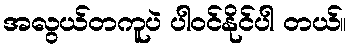
အလွယ်တကူပဲ ပါဝင်နိုင်ပါ တယ်။